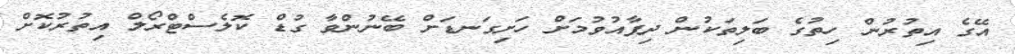
އޭގެ އިތުރުން ހިތުގެ ބަލިތަކުން ދިފާއުވުމަށް ހަށިގަނޑަށް ބޭނުންވާ ގުޑް ކޮލެސްޓްރޯލް އިތުރުކޮށް